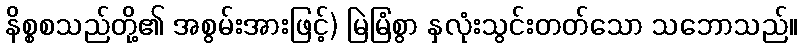
နိစ္စစသည်တို့၏ အစွမ်းအားဖြင့်) မြဲမြံစွာ နှလုံးသွင်းတတ်သော သဘောသည်။